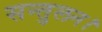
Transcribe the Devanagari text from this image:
सन्तुलन।